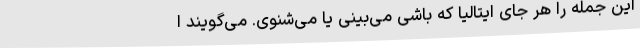
این جمله را هر جای ایتالیا که باشی می‌بینی یا می‌شنوی. می‌گویند ا